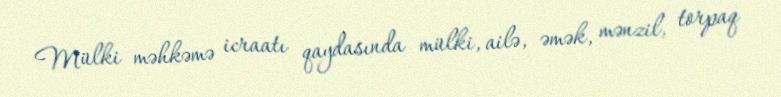
Mülki məhkəmə icraatı qaydasında mülki, ailə, əmək, mənzil, torpaq